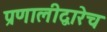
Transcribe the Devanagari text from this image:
प्रणालीद्वारेच